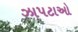
ઝાપટાઓ